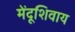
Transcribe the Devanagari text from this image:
मेंदूशिवाय